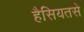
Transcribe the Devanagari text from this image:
हैसियतसे